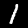
Label: 1